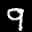
Label: 9